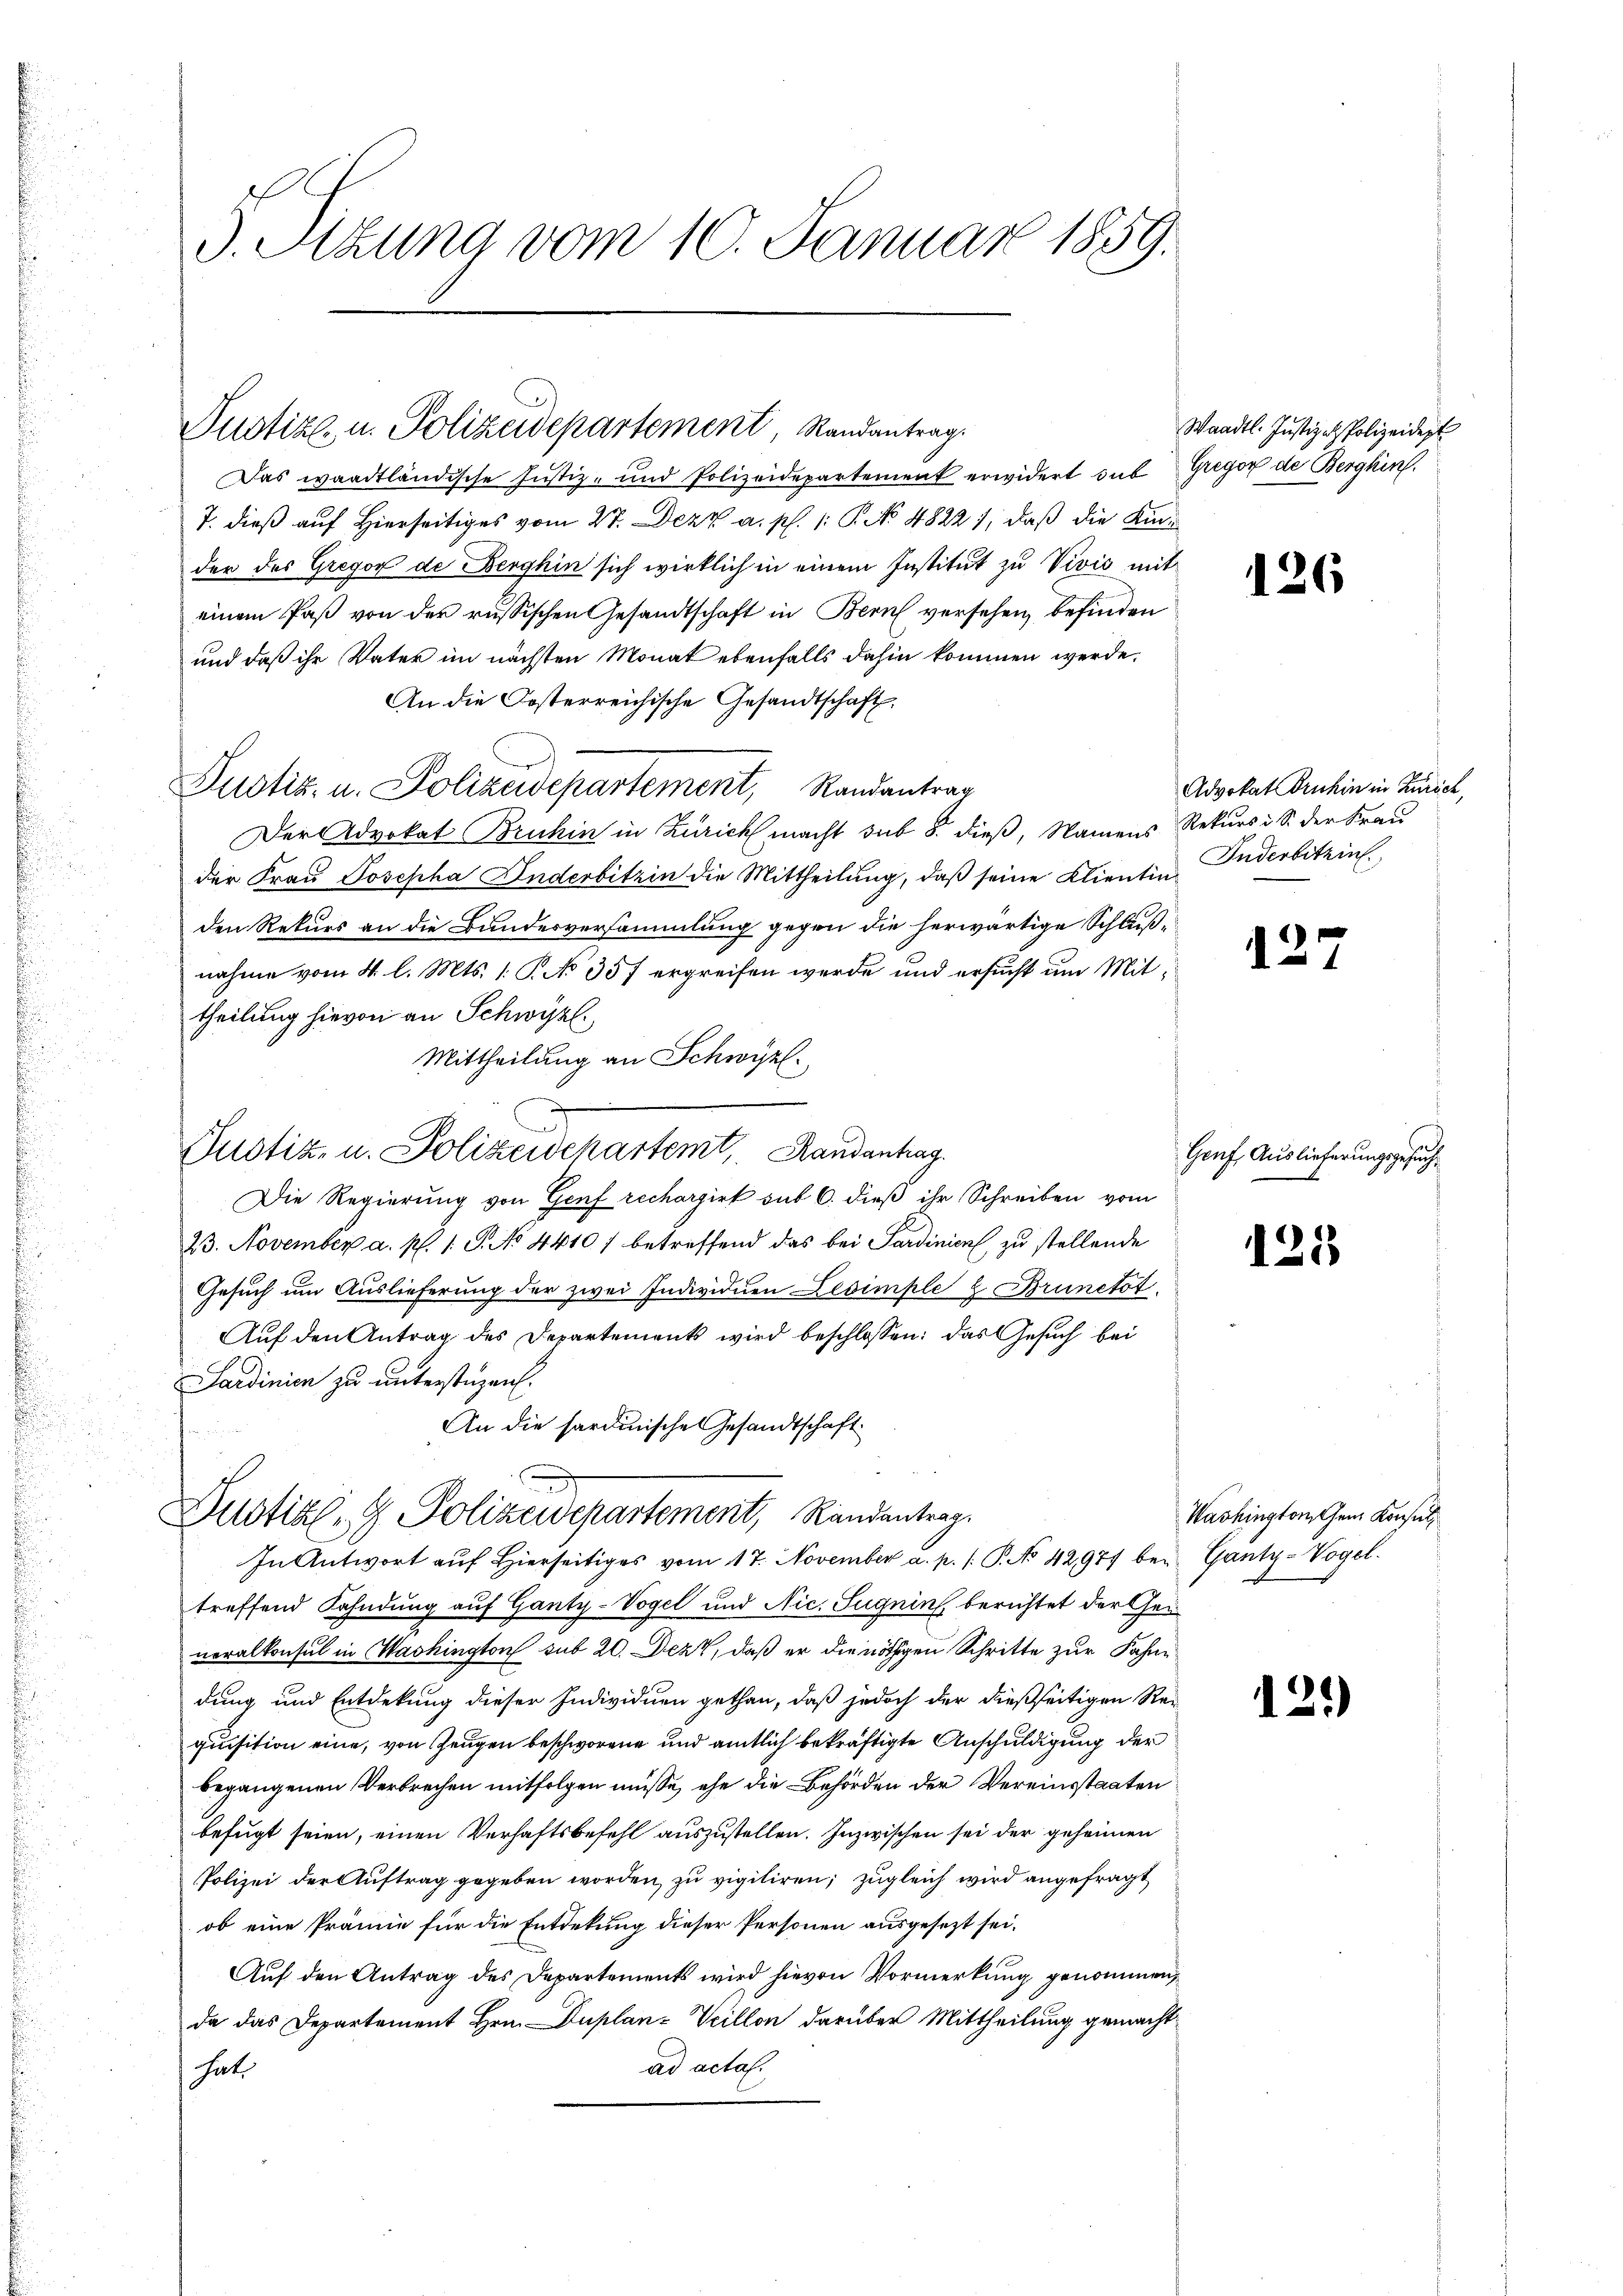
5. Sitzung vom 10. Januar 1859.

Pustiz u. Polizeidepartement, Randantrag.

Das waadtländische Justiz- und Polizeidepartement erwidert sub Gregor de Berghin
7. dieß auf Hierseitiges vom 27. Dezz a. p. 1: P. No. 4822), daß die Kinder des Gregor de Berghin sich wirklich in einem Institut zu Vivis mit
einem Paß von der russischen Gesandtschaft in Bern versehen, befinden
und daß ihr Vater im nächsten Monat ebenfalls dahin kommen werde.
An die Kosterreichische Gesandtschaft
Justiz- u. Polizeidepartement, Randantrag
Der Advokat Bruhin in Zürich macht sub 8. dieß, Namens Rekurs i S. der Frau
der Frau Josepha Inderbitzin die Mittheilung, daß seine Klientin
den Rekurs an die Bundesversammlung gegen die herwärtige Schluß-
nahme vom 4. l. Mts. 1. P. No 357 ergreifen werde und ersucht um Mittheilung hievon an Schwyzl.
Mittheilung an Schwyz.
Justiz- u. Polizeidekartemt, Randantrag
Die Regierung von Genf rechargirt sub 6. dieß ihr Schreiben vom
23. November a. p. 1. G. No 4410 betreffend das bei Sardinien zu stellende
Gesuch um Auslieferung der zwei Individuen Lesimple & Brunctot.
Aŭf den Antrag des Departements wird beschlossen: das Gesuch bei
Sardinien zu unterstüzen.
An die sardinische Gesandtschaft
Dustiz- & Polizeidepartement, Randantrag.
In Antwort aŭf hierseitiges vom 17. November a. p. /: P. No 42977 bei Ganty-Vogel.
treffend Fahndung auf Ganty-Vogel und Nic. Sugnin, berichtet der Generalkonsul in Washington sub 20. Dezt, daß er die nöthigen Schritte zur Fahne
dung und Entdekung dieser Individuen gethan, daß jedoch der dießseitigen Requisition eine, von Zeugen beschworene und amtlich bekräftigte Anschuldigung der
begangenen Verbrechen mitfolgen müsse, ehe die Behörden der Vereinsstaaten
befugt seien, einen Verhaftsbefehl auszustellen. Inzwischen sei der geheimen
Polizei der Auftrag gegeben worden, zu vigiliren; zugleich wird angefragt
ob eine Prämie für die Entdekung dieser Personen ausgesezt sei.
Auf den Antrag des Departements wird hievon Vormerkung genommen
da das Departement Hrn. Duplan- Veillon darüber Mittheilung gemachad acta.
hat.

Waadt. Justiz - Polizeidept

126

Advokat Bruhin in Zürich,
Inderbitzins.

125

Genf. Auslieferungsgesuch

121

121)

Washington Gen. Konsul,

i